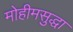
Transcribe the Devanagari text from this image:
मोहीमसुद्धा